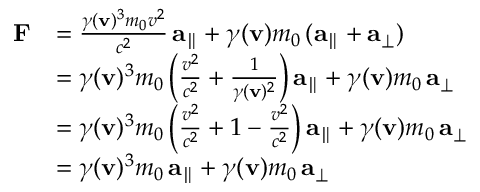
{ \begin{array} { r l } { \mathbf { F } } & { = { \frac { \gamma ( \mathbf { v } ) ^ { 3 } m _ { 0 } v ^ { 2 } } { c ^ { 2 } } } \, \mathbf { a } _ { \parallel } + \gamma ( \mathbf { v } ) m _ { 0 } \, ( \mathbf { a } _ { \parallel } + \mathbf { a } _ { \perp } ) } \\ & { = \gamma ( \mathbf { v } ) ^ { 3 } m _ { 0 } \left( { \frac { v ^ { 2 } } { c ^ { 2 } } } + { \frac { 1 } { \gamma ( \mathbf { v } ) ^ { 2 } } } \right) \mathbf { a } _ { \parallel } + \gamma ( \mathbf { v } ) m _ { 0 } \, \mathbf { a } _ { \perp } } \\ & { = \gamma ( \mathbf { v } ) ^ { 3 } m _ { 0 } \left( { \frac { v ^ { 2 } } { c ^ { 2 } } } + 1 - { \frac { v ^ { 2 } } { c ^ { 2 } } } \right) \mathbf { a } _ { \parallel } + \gamma ( \mathbf { v } ) m _ { 0 } \, \mathbf { a } _ { \perp } } \\ & { = \gamma ( \mathbf { v } ) ^ { 3 } m _ { 0 } \, \mathbf { a } _ { \parallel } + \gamma ( \mathbf { v } ) m _ { 0 } \, \mathbf { a } _ { \perp } } \end{array} }